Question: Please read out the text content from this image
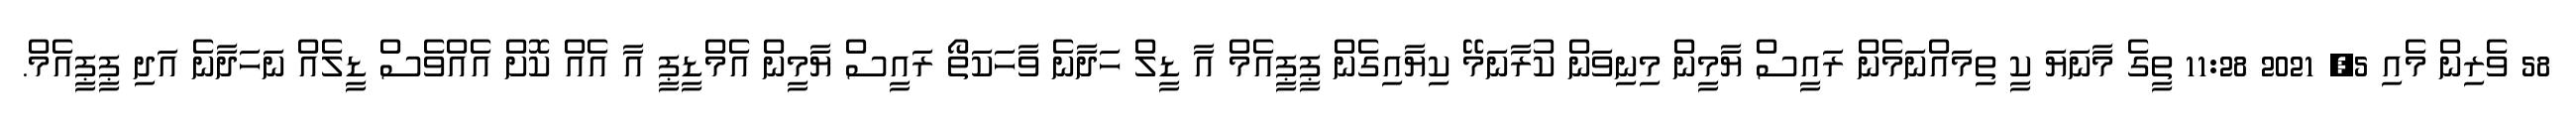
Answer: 58 ވެރިން މެއި 5, 2021 11:28 ތީގެ މާނަޔަ ކީ ތިމައްނަމެން ރައީސް ޔާމީން މިނިވަން ކުރާނަމޭ ކިޔާއިގެން ޕީޕީއެމް އާ ޑީލް ހަދާނެ ވާހަކަތޯ ރައީސް ޔާމީން އެމްޑީޕީ އާ އެއް ކޮށް އެއްވެސް ޑީލެއް ނަހަދާނެ އަދި ޕީޕީއެމް.